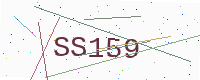
Text: SS159